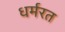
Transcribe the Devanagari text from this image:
धर्मरत